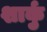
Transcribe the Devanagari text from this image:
शार्कु